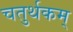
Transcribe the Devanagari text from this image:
चतुर्थकम्